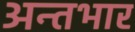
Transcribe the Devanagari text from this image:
अन्तभार